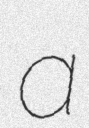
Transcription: a